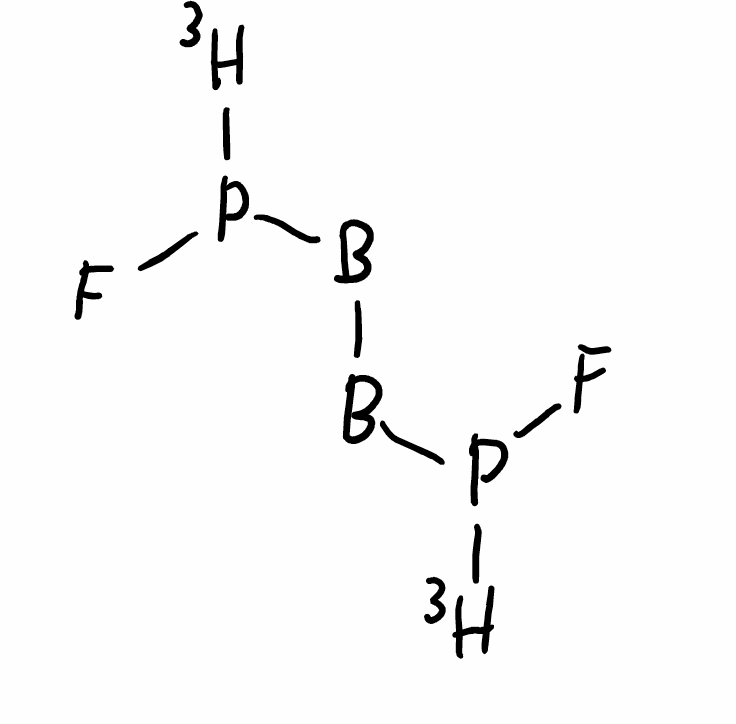
Simplified molecular-input line-entry system (SMILES) notation of the given molecule:
[3H]P([B][B]P([3H])F)F